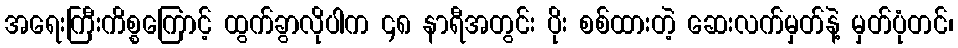
အရေးကြီးကိစ္စကြောင့် ထွက်ခွာလိုပါက ၄၈ နာရီအတွင်း ပိုး စစ်ထားတဲ့ ဆေးလက်မှတ်နဲ့ မှတ်ပုံတင်၊